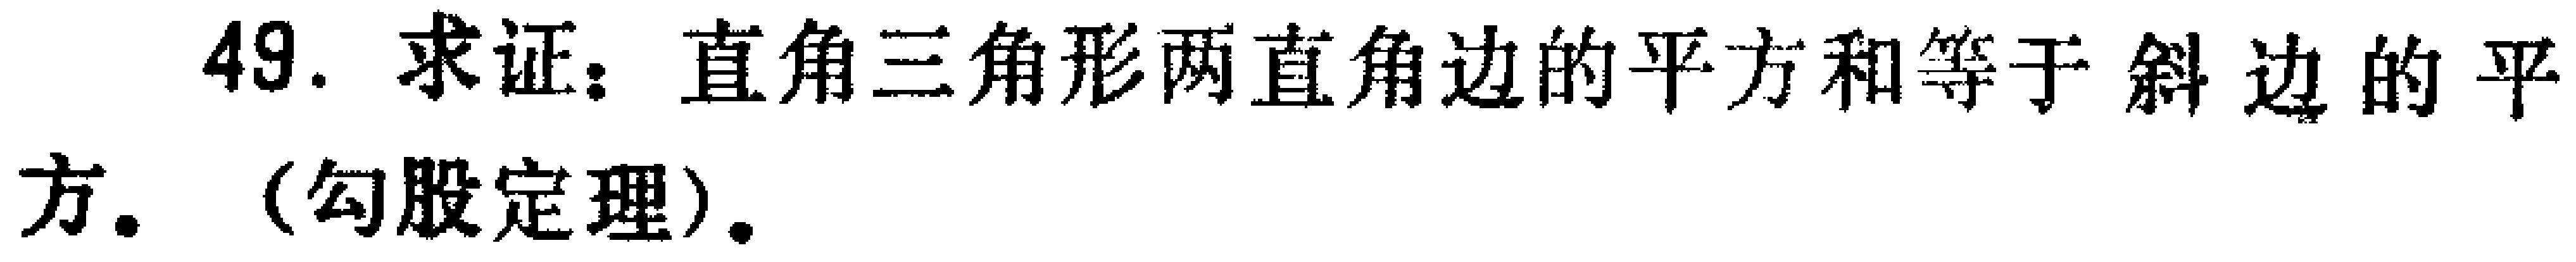
49. 求证：直角三角形两直角边的平方和等于斜边的平方. （勾股定理）